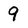
Character: 9